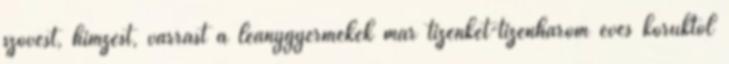
szövést, hímzést, varrást a leánygyermekek már tizenkét-tizenhárom éves koruktól